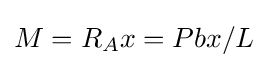
M=R_{A}x=Pbx/L